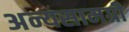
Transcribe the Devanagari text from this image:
अन्यसामग्री